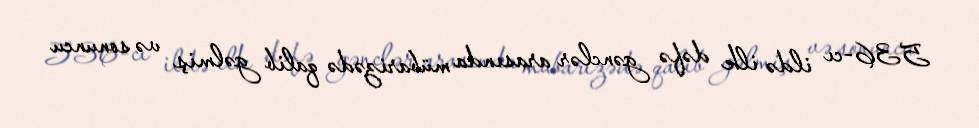
536-cı ildə ilk dəfə gənclər arasında mübarizədə qalib gəlmiş və sonuncu